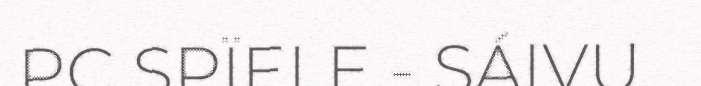
PC SPÏELE - SÁIVU